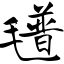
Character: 氆